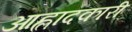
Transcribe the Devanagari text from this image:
आह्लादकारी